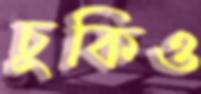
চুকিও